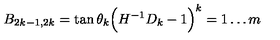
B _ { 2 k - 1 , 2 k } = \tan \theta _ { k } \Big ( H ^ { - 1 } D _ { k } - 1 \Big ) \sp k = 1 \ldots m